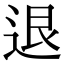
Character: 退